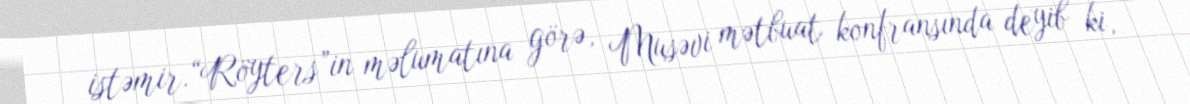
istəmir.“Röyters”in məlumatına görə, Musəvi mətbuat konfransında deyib ki,